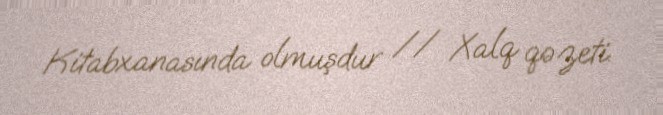
Kitabxanasında olmuşdur // Xalq qəzeti.